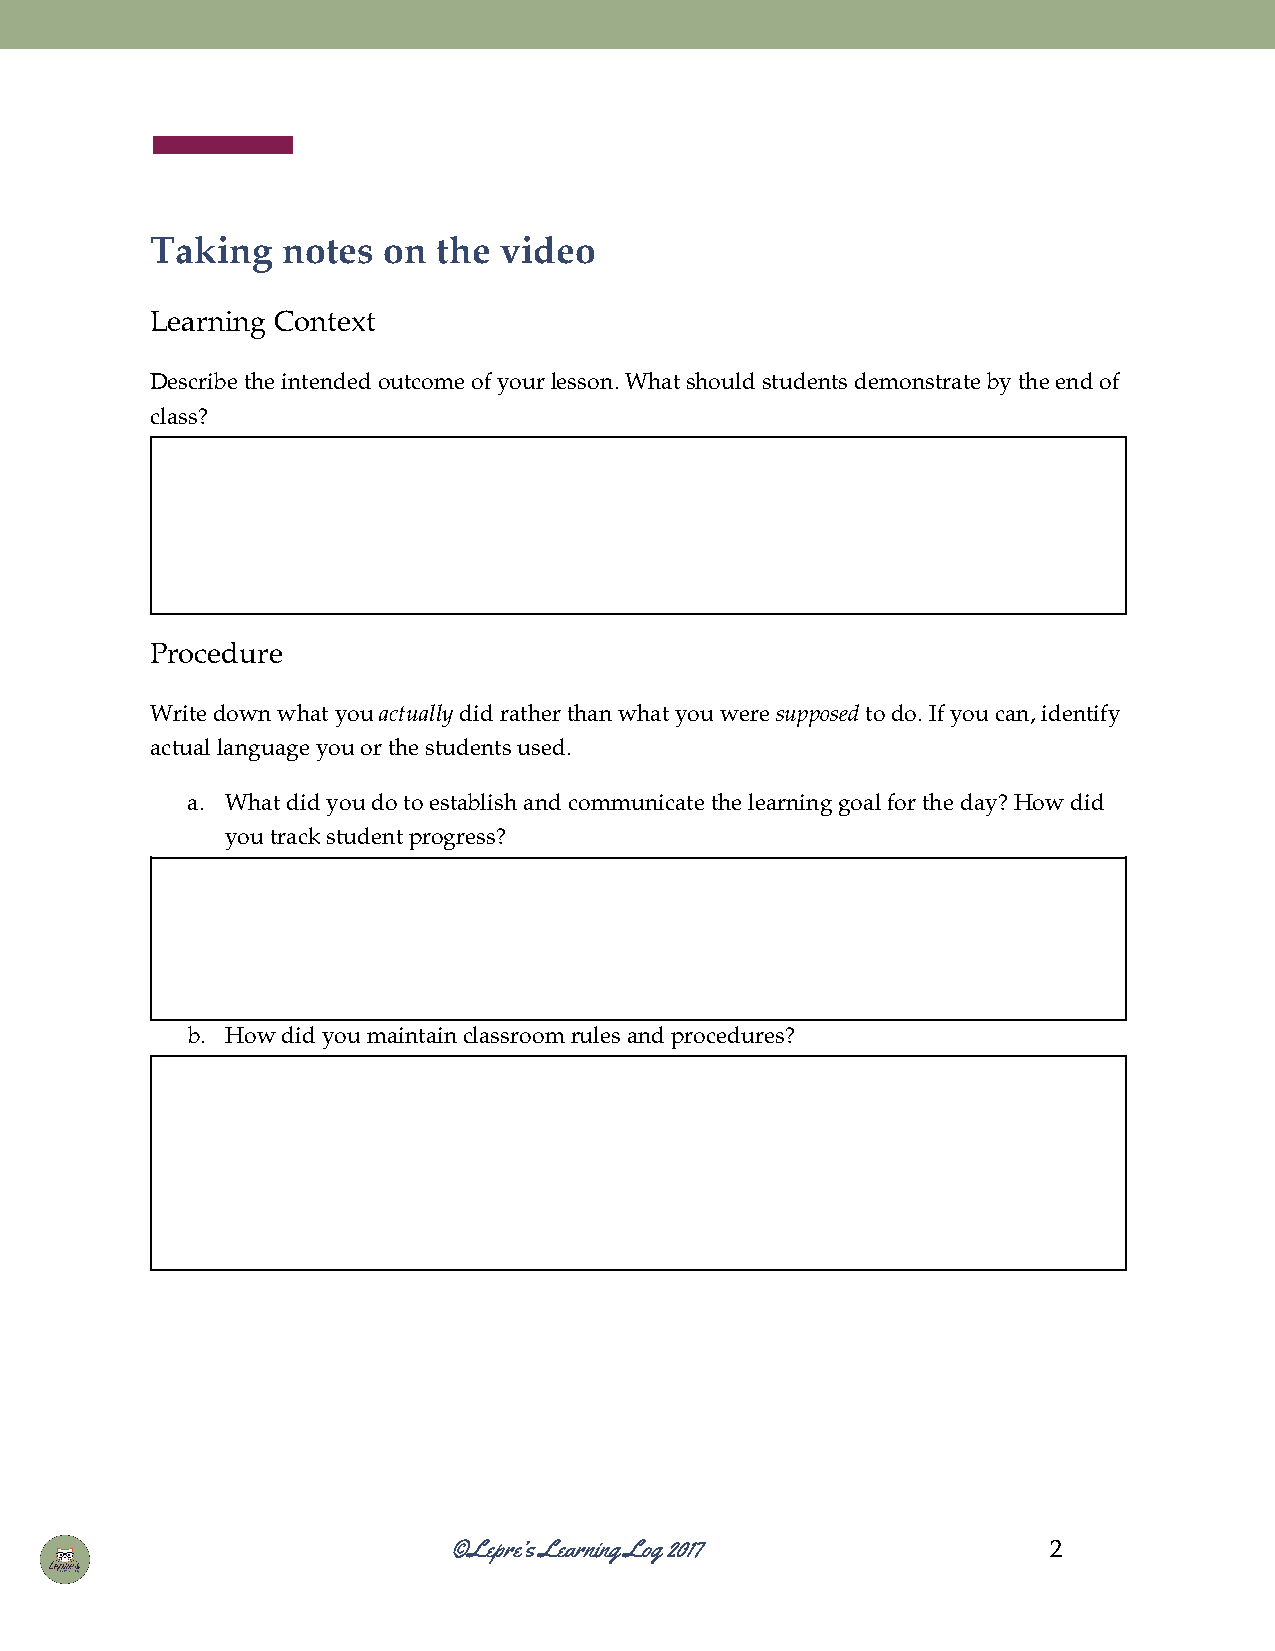
Taking   notes on  the video
 ​ ​    ​ ​ ​ ​ ​ ​
 Learning Context
 ​ ​
 Describe the intended outcome of your lesson. What should students demonstrate by the end of
 ​​ ​​    ​​    ​​ ​​ ​​  ​​  ​​   ​​    ​​       ​​ ​​ ​​ ​​
 class?
 Procedure
 Write down what you actually did rather than what you were supposed to do. If you can, identify
 ​​  ​​  ​​ ​​​  ​​​ ​​ ​​  ​​ ​​ ​​  ​​​   ​​​ ​​ ​​ ​​ ​​ ​​
 actual language you or the students used.
 ​​     ​​ ​​ ​​ ​​  ​​
 a. What did you do to establish and communicate the learning goal for the day? How did
 ​​ ​​ ​​ ​​ ​​ ​​ ​​        ​​ ​​   ​​ ​​ ​​ ​​ ​​ ​​
 you track student progress?
 ​​  ​​    ​​
 b. How did you maintain classroom rules and procedures?
 ​​ ​​ ​​    ​​     ​​  ​​ ​​
 ©Lepre’s Learning Log 2017              2
 ​​    ​​ ​​